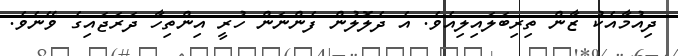
ދިއުމާއެކު ޒާން ތިރިބަލައިލިއެވެ. އެ ދެލޮލުން ފެންނަން ހުރީ އިންތިހާ ދަރަޖައިގެ ވޭނެވެ.